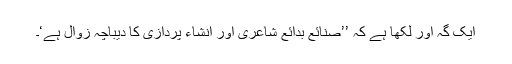
ایک گہ اور لکھا ہے کہ ’’صنائع بدائع شاعری اور انشاء پردازی کا دیباچہ زوال ہے‘۔